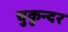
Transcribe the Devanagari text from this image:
चुकुन्दर